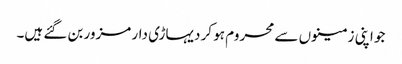
جو اپنی زمینوں سے محروم ہو کر دیہاڑی دار مزور بن گئے ہیں۔